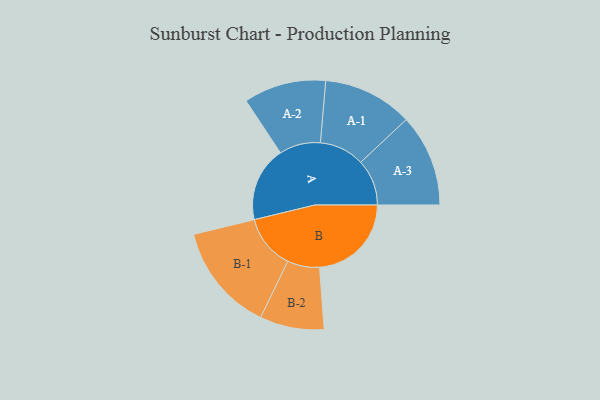
{"axis": {"x": "Segment", "y": "Value"}, "legend": ["", "A", "B"], "data": [{"x": "A", "y": 299, "type": ""}, {"x": "B", "y": 366, "type": ""}, {"x": "A-1", "y": 179, "type": "A"}, {"x": "A-2", "y": 164, "type": "A"}, {"x": "A-3", "y": 184, "type": "A"}, {"x": "B-1", "y": 216, "type": "B"}, {"x": "B-2", "y": 128, "type": "B"}]}